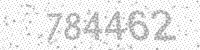
Solution: 784462